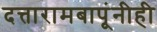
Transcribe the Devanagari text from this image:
दत्तारामबापूंनीही